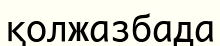
қолжазбада